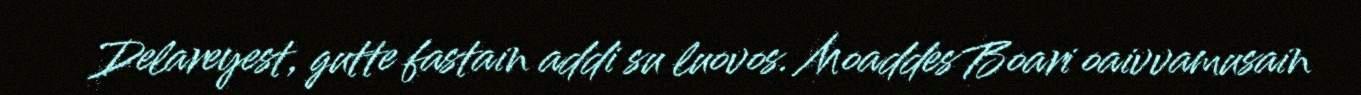
Delareyest, gutte fastain addi su luovos. Moaddes Boari oaivvamusain